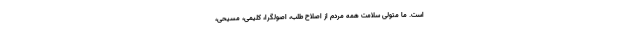
است. ما متولی سلامت همه مردم از اصلاح طلب، اصولگرا، کلیمی، مسیحی،